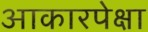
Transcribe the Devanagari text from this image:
आकारपेक्षा